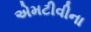
એમટીવીના